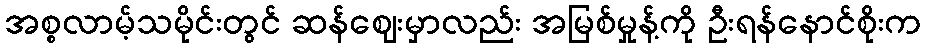
အစ္စလာမ့်သမိုင်းတွင် ဆန်ဈေးမှာလည်း အမြစ်မှုန့်ကို ဦးရန်နောင်စိုးက